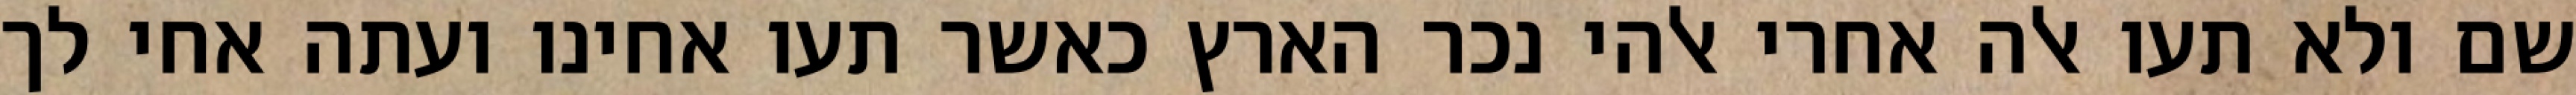
שם ולא תעו אלה אחרי אלהי נכר הארץ כאשר תעו אחינו ועתה אחי לך